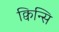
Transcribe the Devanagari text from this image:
क्विन्सि